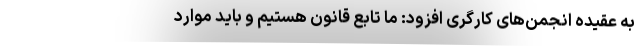
به عقیده انجمن‌های کارگری افزود: ما تابع قانون هستیم و باید موارد